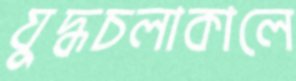
যুদ্ধচলাকালে